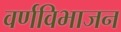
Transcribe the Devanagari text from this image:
वर्णविभाजन